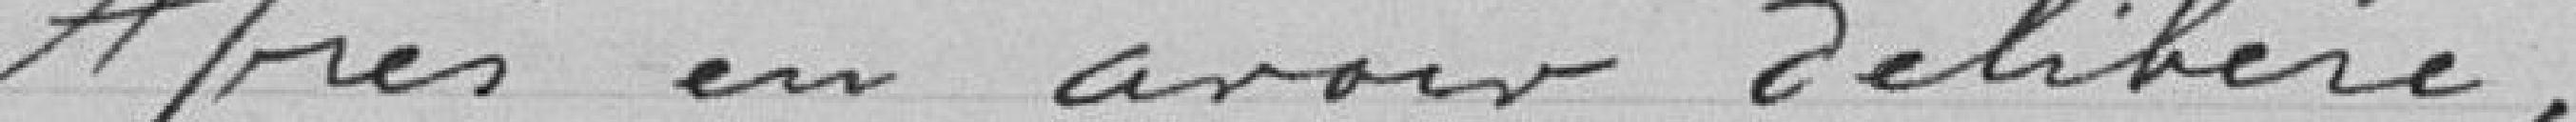
Après en avoir délibéré :